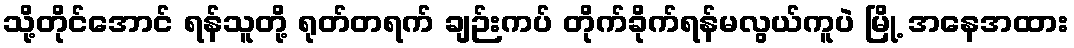
သို့တိုင်အောင် ရန်သူတို့ ရုတ်တရက် ချဉ်းကပ် တိုက်ခိုက်ရန်မလွယ်ကူပဲ မြို့ အနေအထား